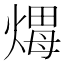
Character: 𤌖